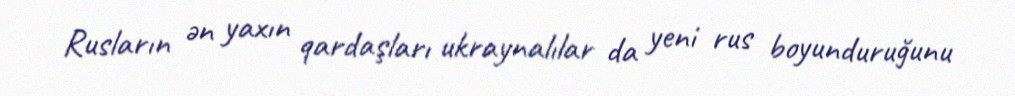
Rusların ən yaxın qardaşları ukraynalılar da yeni rus boyunduruğunu